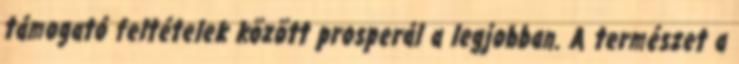
támogató feltételek között prosperál a legjobban. A természet a